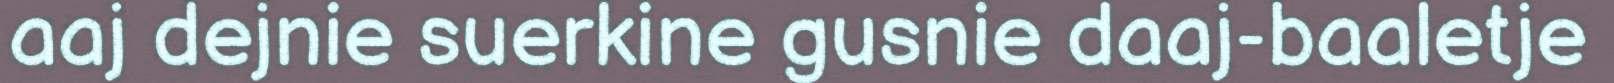
aaj dejnie suerkine gusnie daaj-baaletje